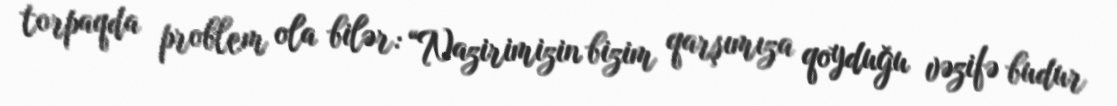
torpaqda problem ola bilər: “Nazirimizin bizim qarşımıza qoyduğu vəzifə budur